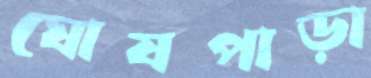
ঘোষপাড়া